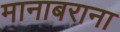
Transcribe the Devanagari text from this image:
मानाबराना